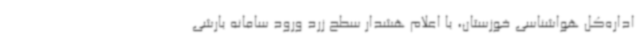
اداره‌کل هواشناسی خوزستان، با اعلام هشدار سطح زرد ورود سامانه بارشی